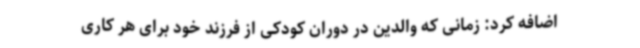
اضافه کرد: زمانی که والدین در دوران کودکی از فرزند خود برای هر کاری